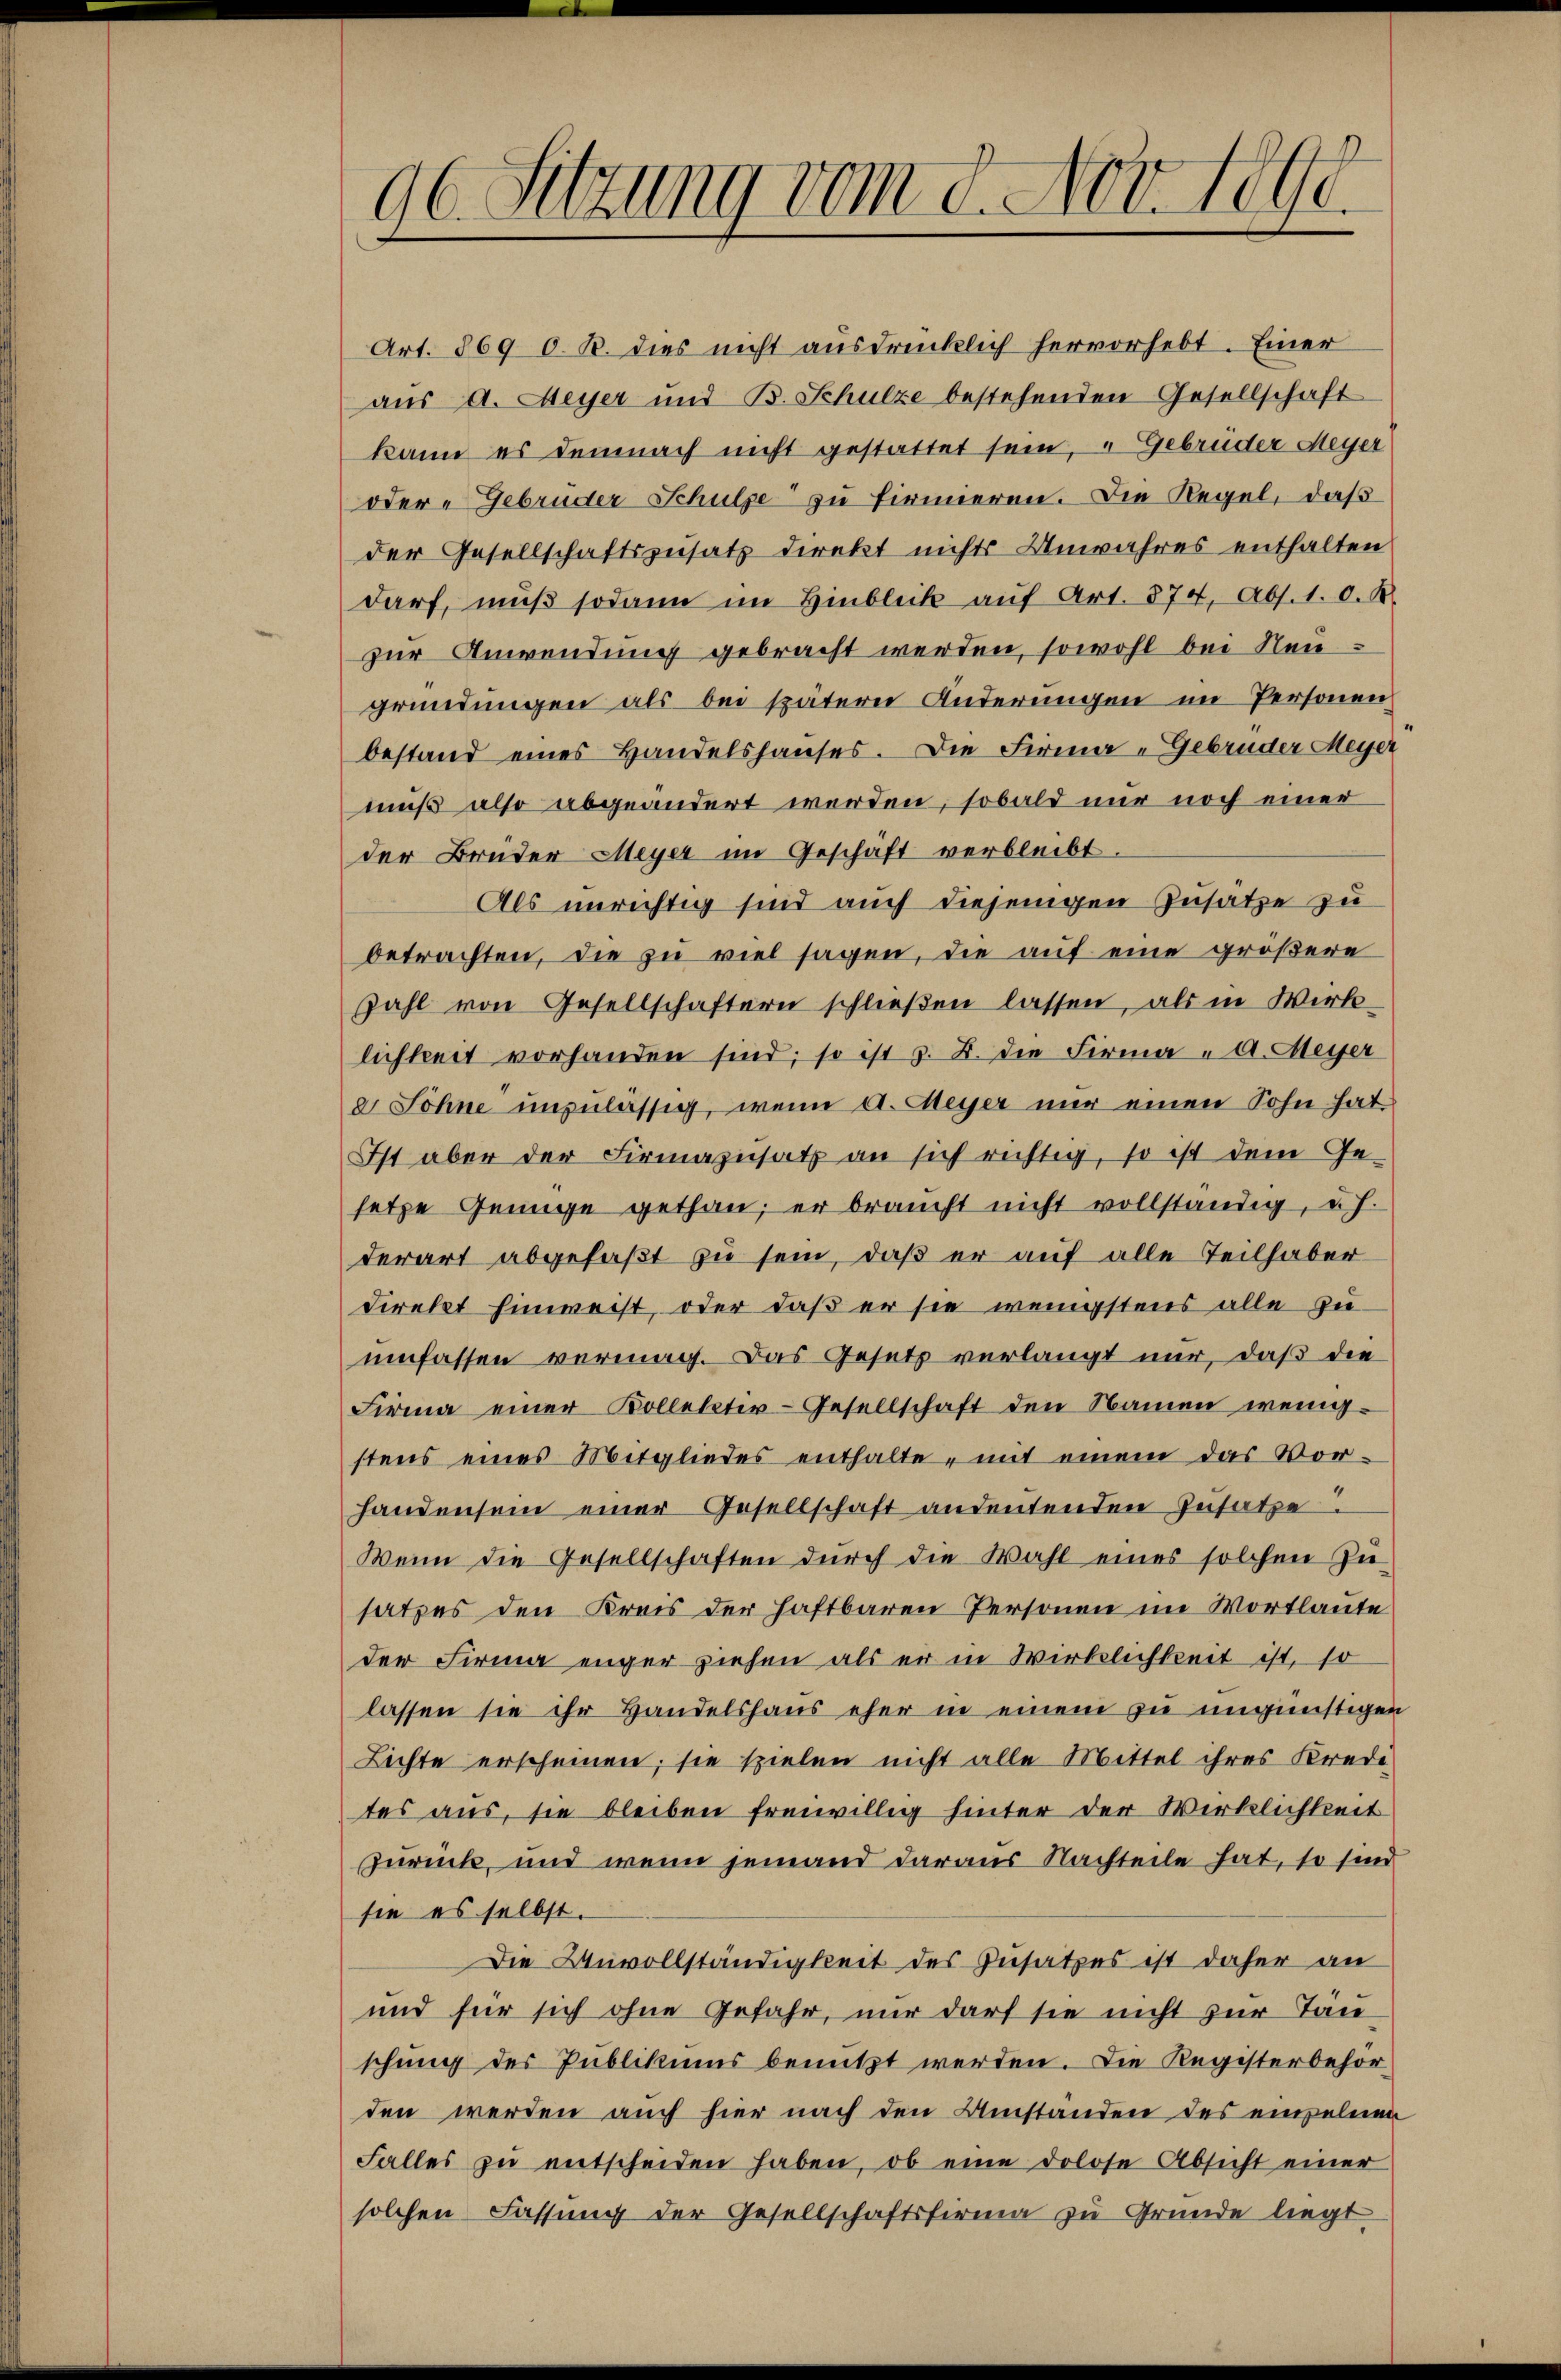
Art. 869 0. B. dies nicht ausdrücklich hervorhebt. Einer
aus A. Meyer und B. Schulze bestehenden Gesellschaft
kann es demnach nicht gestattet sein, u Gebrüder Meyer
oder Gebrüder Schulze zu firmieren. Die Regel, daß
der Gesellschaftszusatz direkt nichts Unwahres enthalten
darf, muß sodann im Hinblick auf Art. 874, Abs. 1. O. R.
zur Anwendung gebracht werden, sowohl bei Neugründungen als bei spätern Änderungen im Personen
bestand eines Handelshauses. Die Firma „Gebrüder Meyer
muß also abgeändert werden, sobald nur noch einer
der Brüder Meyer im Geschäft verbleibt.
Als unrichtig sind auch diejenigen Zusätze zu
betrachten, die zu viel sagen, die auf eine größere
Zahl von Gesellschaftern schließen lassen, als in Wirk-
lichkeit vorhanden sind; so ist z. B. die Firma „A. Meyer
e Söhne unzulässig, wenn d. Meyer nur einen Sohn hat
Ist aber der Firmazŭsatz an sich richtig, so ist dem Ge-
setze Genüge gethan, er braucht nicht vollständig, u. h.
derart abgefaßt zu sein, daß er auf alle Teilhaber
direkt hinweist, oder daß er sie wenigstens alle zu
umfassen vermag. Das Gesetz verlangt nur, daß die
Firma einer Kollektiv-Gesellschaft den Namen wenigstens eines Mitgliedes enthalte, mit einem das Vor-
handen sein einer Gesellschaft andeutenden Zusatze.
Wenn die Gesellschaften dŭrch die Wahl eines solchen Zŭ
satzes den Kreis der Haftbaren Personen im Wortlaute
der Firma enger ziehen als er in Wirklichkeit ist, so
lassen sie ihr Handelshaus eher in einem zu ungünstigen
Lichte erscheinen; sie spielen nicht alle Mittel ihres Kredi-
tes aus, sie bleiben freiwillig hinter der Wirklichkeit
Zurück, und wenn jemand daraus Nachteile hat, so sind
sie es selbst.
Die Unvollständigkeit des Zusatzes ist daher an
und für sich ohne Gefahr, nur darf sie nicht zur Täu
schung der Publikums benutzt werden. Die Registerbehörden werden auch hier nach den Umstanden des einzelnen
Falles zŭ entscheiden haben, ob eine dolose Absicht einer
solchen Fassung der Gesellschaftsfirma zu Grunde liegt

96. Sitzung vom 8. Nov. 1890.